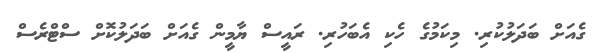
ގެއަށް ބަދަލުކުރި. މިކަމުގެ ހެކި އެބަހުރި. ރައީސް ޔާމީން ގެއަށް ބަދަލުކޮށް ސްޓްރެސް